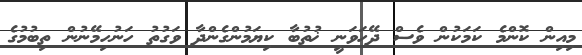
މިއިން ކޮންމެ ކަމަކުން ވެސް ދޭހަވަނީ ޚުތުބާ ކިޔަމުންގެންދާ ވަގުތު ހަނުހިމޭނުން ތިބުމުގެ